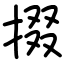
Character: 掇